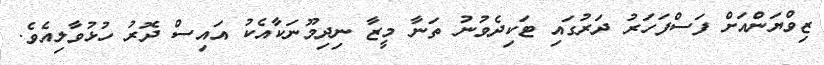
ޒިވްޔަންއަށް ފަސްފަހަރު ދަރުގައި ޓަކިދެވުނު ތަނާ މީޒާ ނިދިމޫނަކާއެކު އައިސް ދޮރު ހުޅުވާލިއެވެ.